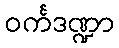
ဝင်္ကဒဏ္ဍာ